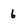
Character: 6